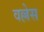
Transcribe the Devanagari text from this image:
वल्लेस